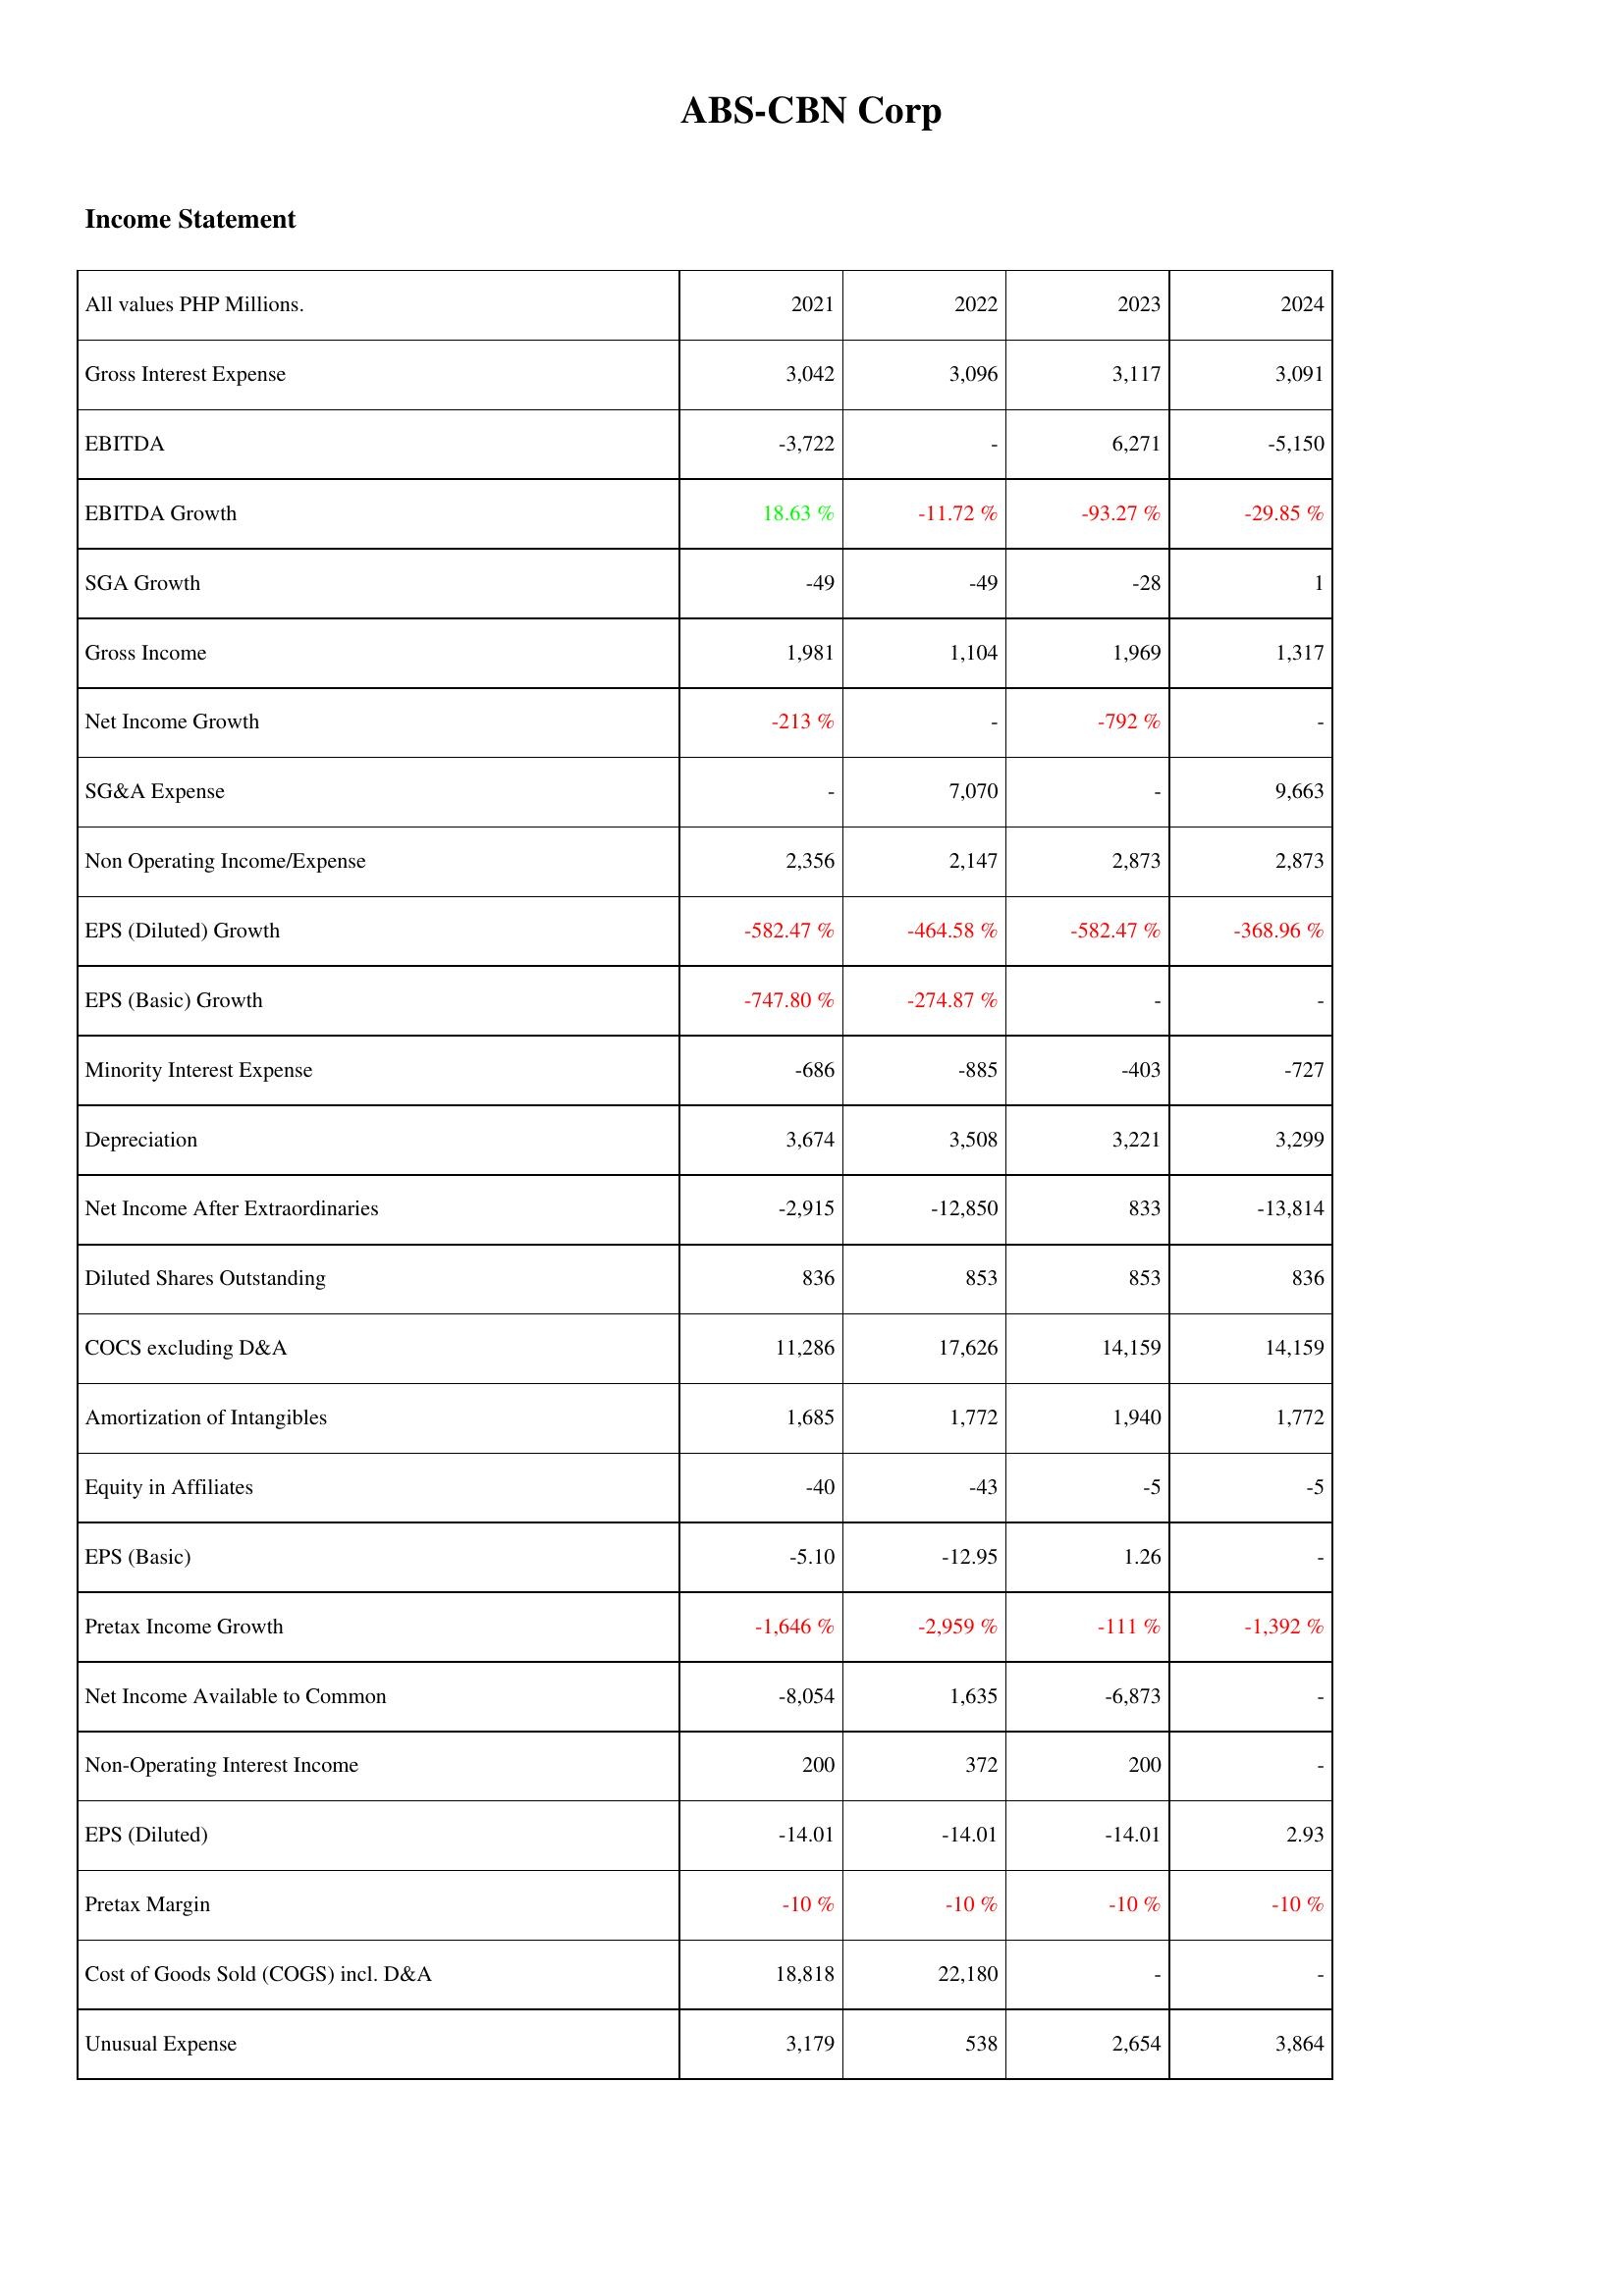
2021: Income Statement: Gross Interest Expense: 3,042
EBITDA: -3,722
EBITDA Growth: 18.63 %
SGA Growth: -49
Gross Income: 1,981
Net Income Growth: -213 %
SG&A Expense: -
Non Operating Income/Expense: 2,356
EPS (Diluted) Growth: -582.47 %
EPS (Basic) Growth: -747.80 %
Minority Interest Expense: -686
Depreciation: 3,674
Net Income After Extraordinaries: -2,915
Diluted Shares Outstanding: 836
COCS excluding D&A: 11,286
Amortization of Intangibles: 1,685
Equity in Affiliates: -40
EPS (Basic): -5.10
Pretax Income Growth: -1,646 %
Net Income Available to Common: -8,054
Non-Operating Interest Income: 200
EPS (Diluted): -14.01
Pretax Margin: -10 %
Cost of Goods Sold (COGS) incl. D&A: 18,818
Unusual Expense: 3,179
2022: Income Statement: Gross Interest Expense: 3,096
EBITDA: -
EBITDA Growth: -11.72 %
SGA Growth: -49
Gross Income: 1,104
Net Income Growth: -
SG&A Expense: 7,070
Non Operating Income/Expense: 2,147
EPS (Diluted) Growth: -464.58 %
EPS (Basic) Growth: -274.87 %
Minority Interest Expense: -885
Depreciation: 3,508
Net Income After Extraordinaries: -12,850
Diluted Shares Outstanding: 853
COCS excluding D&A: 17,626
Amortization of Intangibles: 1,772
Equity in Affiliates: -43
EPS (Basic): -12.95
Pretax Income Growth: -2,959 %
Net Income Available to Common: 1,635
Non-Operating Interest Income: 372
EPS (Diluted): -14.01
Pretax Margin: -10 %
Cost of Goods Sold (COGS) incl. D&A: 22,180
Unusual Expense: 538
2023: Income Statement: Gross Interest Expense: 3,117
EBITDA: 6,271
EBITDA Growth: -93.27 %
SGA Growth: -28
Gross Income: 1,969
Net Income Growth: -792 %
SG&A Expense: -
Non Operating Income/Expense: 2,873
EPS (Diluted) Growth: -582.47 %
EPS (Basic) Growth: -
Minority Interest Expense: -403
Depreciation: 3,221
Net Income After Extraordinaries: 833
Diluted Shares Outstanding: 853
COCS excluding D&A: 14,159
Amortization of Intangibles: 1,940
Equity in Affiliates: -5
EPS (Basic): 1.26
Pretax Income Growth: -111 %
Net Income Available to Common: -6,873
Non-Operating Interest Income: 200
EPS (Diluted): -14.01
Pretax Margin: -10 %
Cost of Goods Sold (COGS) incl. D&A: -
Unusual Expense: 2,654
2024: Income Statement: Gross Interest Expense: 3,091
EBITDA: -5,150
EBITDA Growth: -29.85 %
SGA Growth: 1
Gross Income: 1,317
Net Income Growth: -
SG&A Expense: 9,663
Non Operating Income/Expense: 2,873
EPS (Diluted) Growth: -368.96 %
EPS (Basic) Growth: -
Minority Interest Expense: -727
Depreciation: 3,299
Net Income After Extraordinaries: -13,814
Diluted Shares Outstanding: 836
COCS excluding D&A: 14,159
Amortization of Intangibles: 1,772
Equity in Affiliates: -5
EPS (Basic): -
Pretax Income Growth: -1,392 %
Net Income Available to Common: -
Non-Operating Interest Income: -
EPS (Diluted): 2.93
Pretax Margin: -10 %
Cost of Goods Sold (COGS) incl. D&A: -
Unusual Expense: 3,864